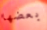
بعضها